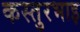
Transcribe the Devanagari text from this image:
कस्तुरभाइ